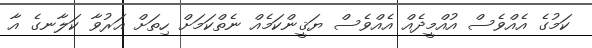
ކަމުގެ އެއްވެސް އުއްމީދެއް އެއްވެސް ޔަޤީންކަމެއް ނެތްކަމަށް ހިތަށް އަރުވާ ކަލާނގެ އާ